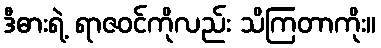
ဒီဓားရဲ့ ရာဇဝင်ကိုလည်း သိကြတာကိုး။